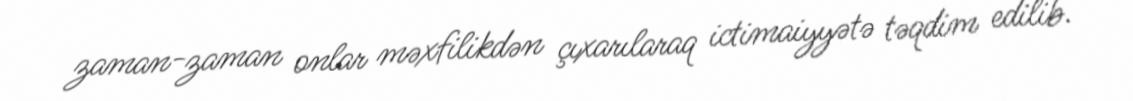
zaman-zaman onlar məxfilikdən çıxarılaraq ictimaiyyətə təqdim edilib.